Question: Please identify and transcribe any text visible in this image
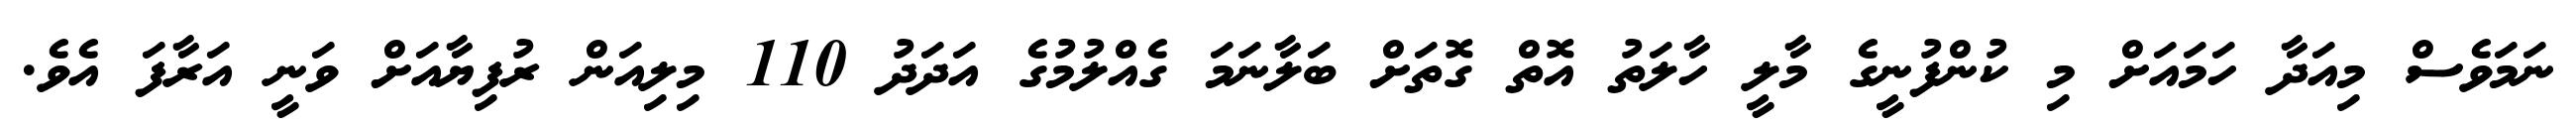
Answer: ނަމަވެސް މިއަދާ ހަމައަށް މި ކުންފުނީގެ މާލީ ހާލަތު އޮތް ގޮތަށް ބަލާނަމަ ގެއްލުމުގެ އަދަދު 110 މިލިއަން ރުފިޔާއަށް ވަނީ އަރާފަ އެވެ.